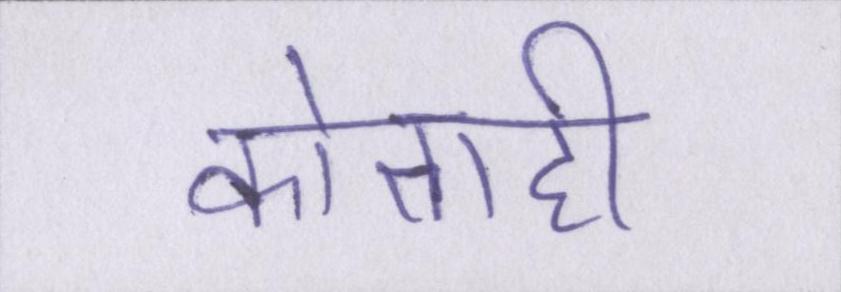
कोताही